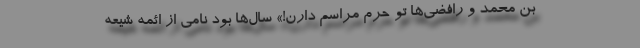
بن محمدِ و رافضی‌ها تو حرم مراسم دارن!» سال‌ها بود نامی از ائمه شیعه